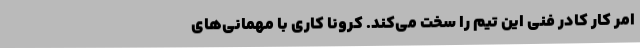
امر کار کادر فنی این تیم را سخت می‌کند. کرونا کاری با مهمانی‌های